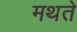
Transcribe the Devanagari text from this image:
मथते